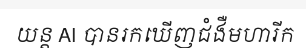
យន្ត AI បានរកឃើញជំងឺមហារីក